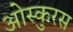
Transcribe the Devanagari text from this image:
ओस्कुरस